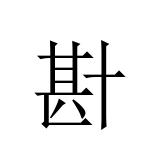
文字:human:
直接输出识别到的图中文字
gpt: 卙